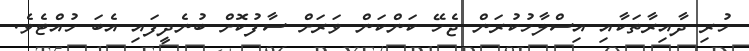
ހުރި ދާއިރާތަކާއި އިސްލާހުކުރަން ޖެހޭ ކަންކަން ވަރަށް ސާފުކޮށް ބުނެދީފައި އެބަ ހުއްޓެވެ.